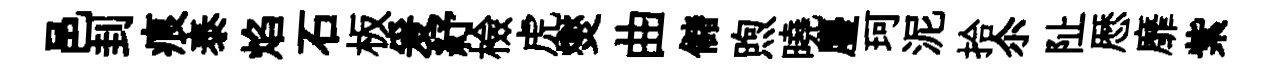
邑刲痕泰焰石板爰紓檢虎爕曲儲煦曉麈珂泥拾尒阯厯靡紫